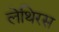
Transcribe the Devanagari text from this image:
लेथिरस